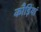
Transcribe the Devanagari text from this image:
कौड़ियां